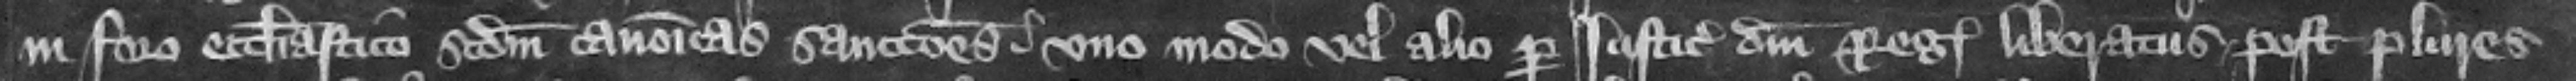
in foro ecclesiastico secundum canonicas sanctiones no modo vel alio per iusticiarios domini regis liberatus. post plures